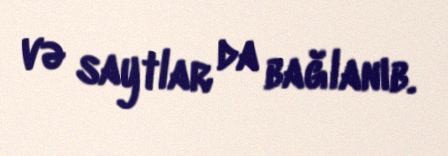
və saytlar da bağlanıb.